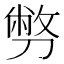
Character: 𠟈